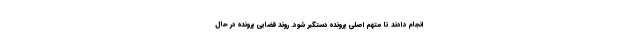
انجام دادند تا متهم اصلی پرونده دستگیر شود. روند قضایی پرونده در حال